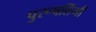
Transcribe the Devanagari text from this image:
पुरूषलिंगी